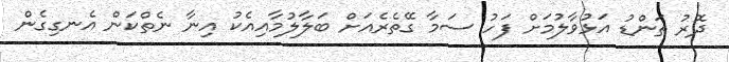
ދޮރު ތަންޑު އަޅުވާލުމަށް ފަހު ސަމާ ގޭތެރެއަށް ބަލާލުމާއިއެކު އިނާ ނެތްކަން އެނގިގެން